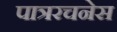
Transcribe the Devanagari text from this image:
पात्ररचनेस